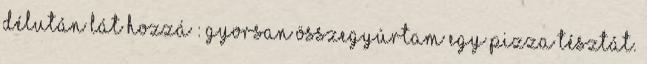
délután lát hozzá : Gyorsan összegyúrtam egy pizza tésztát.